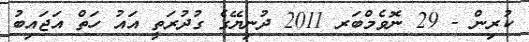
ކުރިން - 29 ނޮވެމްބަރ 2011 ދުނިޔޭގެ ގުދުރަތީ އައު ހަތް އަޖައިބު